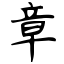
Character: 章